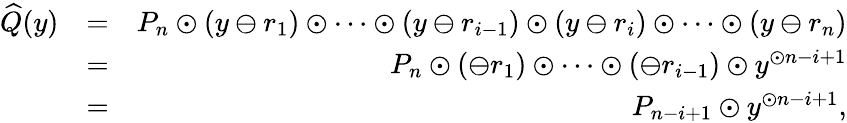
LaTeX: \begin{array}{rlr}{\widehat{Q}(y)}&{=}&{P_{n}\odot(y\ominus r_{1})\odot\cdots\odot(y\ominus r_{i-1})\odot(y\ominus r_{i})\odot\cdots\odot(y\ominus r_{n})}\\ &{=}&{P_{n}\odot(\ominus r_{1})\odot\cdots\odot(\ominus r_{i-1})\odot y^{\odot n-i+1}}\\ &{=}&{P_{n-i+1}\odot y^{\odot n-i+1},}\end{array}